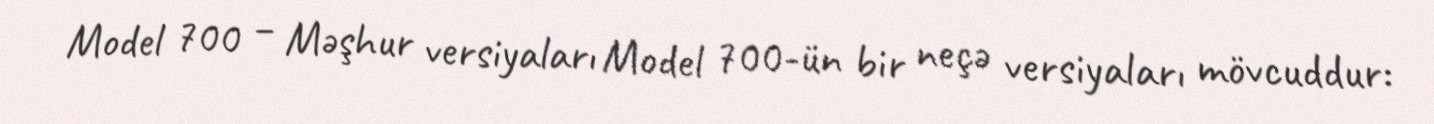
Model 700 – Məşhur versiyaları Model 700-ün bir neçə versiyaları mövcuddur: